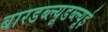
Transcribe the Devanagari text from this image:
बारडब्ल्यूडब्ल्यूई